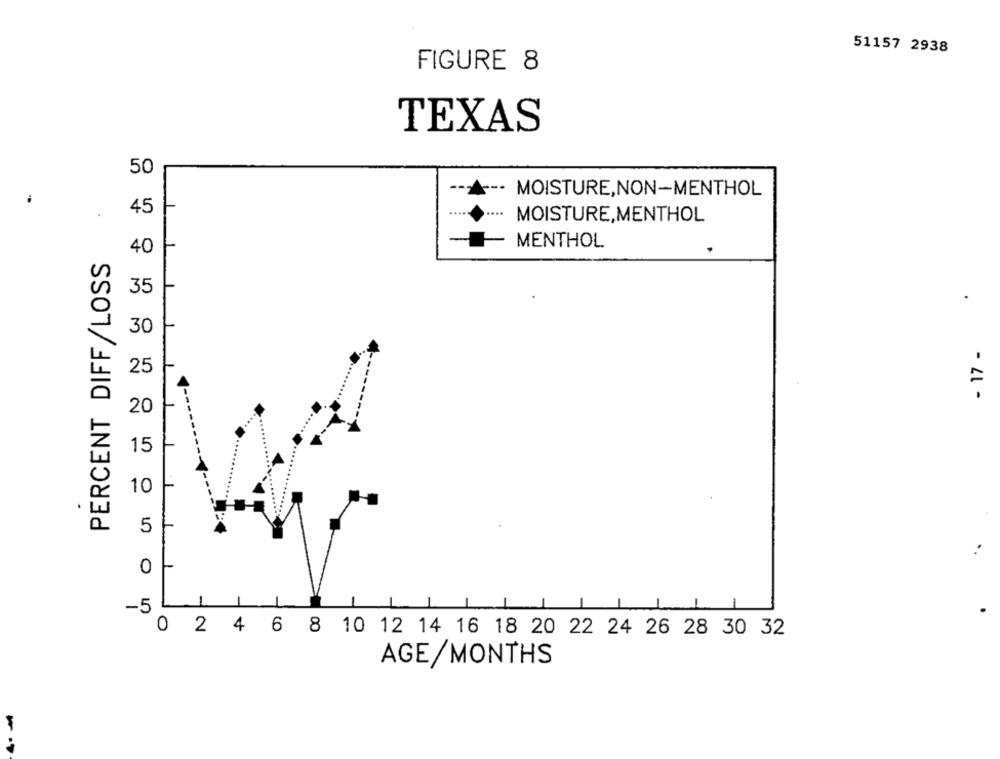
51157 2938
FIGURE 8
TEXAS
50
--.
MOISTURE,NON-MENTHOL
45
MOISTURE,MENTHOL
MENTHOL
40
PERCENT DIFF/LOSS
35
30
- 17 -
25
20
15
10
5
0
-5
-
0 2 4 6 8 10 12 14 16 18 20 22 24 26 28 30 32
AGE/MONTHS